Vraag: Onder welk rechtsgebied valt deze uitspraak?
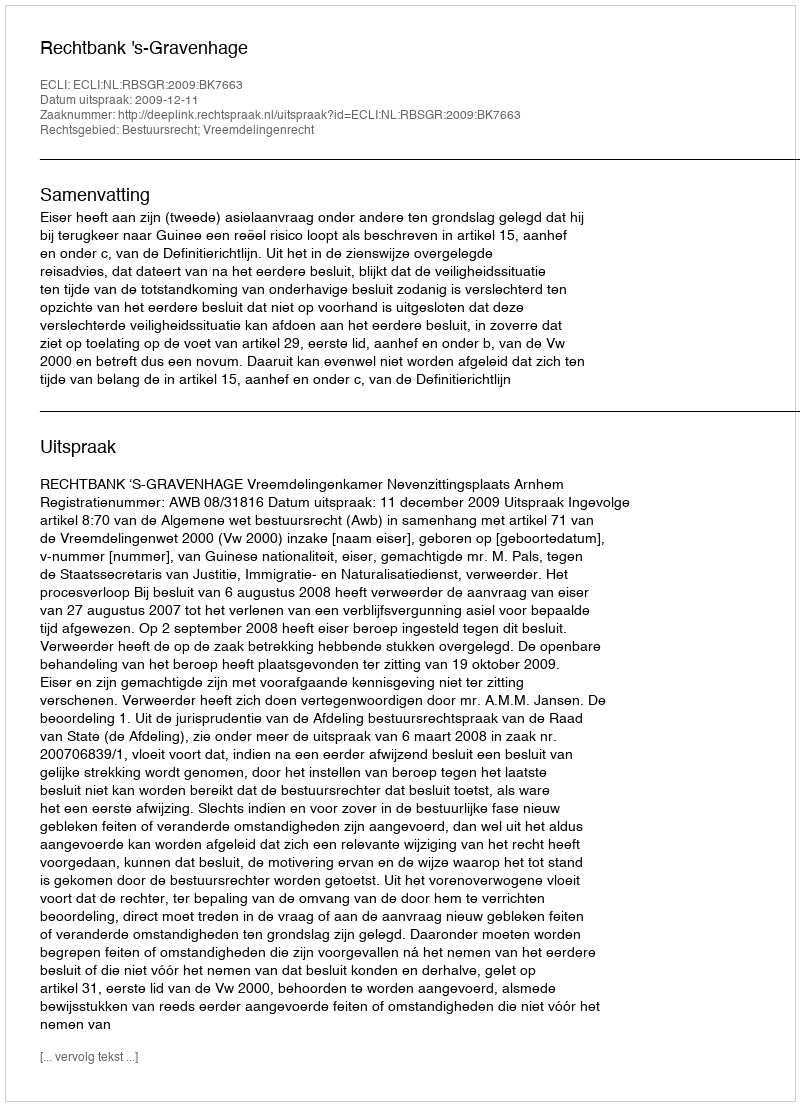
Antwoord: Bestuursrecht; Vreemdelingenrecht